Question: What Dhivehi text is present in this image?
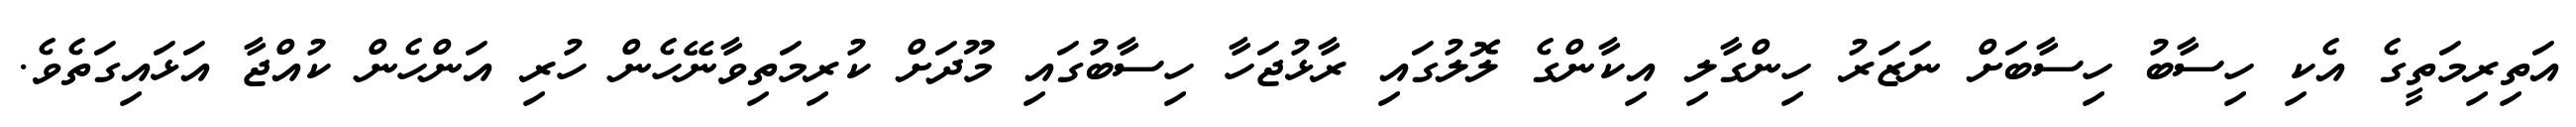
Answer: އަތިރިމަތީގެ އެކި ހިސާބު ހިސާބަށް ނަޒަރު ހިންގާލި އިކާންގެ ލޮލުގައި ރާޅުޖަހާ ހިސާބުގައި މޫދަށް ކުރިމަތިވާނޭހެން ހުރި އަންހެން ކުއްޖާ އަޅައިގަތެވެ.